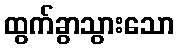
ထွက်ခွာသွားသော